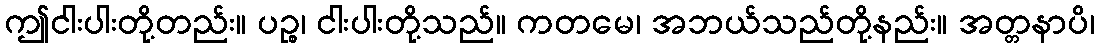
ဤငါးပါးတို့တည်း။ ပဉ္စ၊ ငါးပါးတို့သည်။ ကတမေ၊ အဘယ်သည်တို့နည်း။ အတ္တနာပိ၊